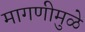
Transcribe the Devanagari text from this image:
मागणीमुळे